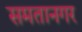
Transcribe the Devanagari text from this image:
समतानगर